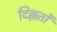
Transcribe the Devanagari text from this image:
दिक्क़तों